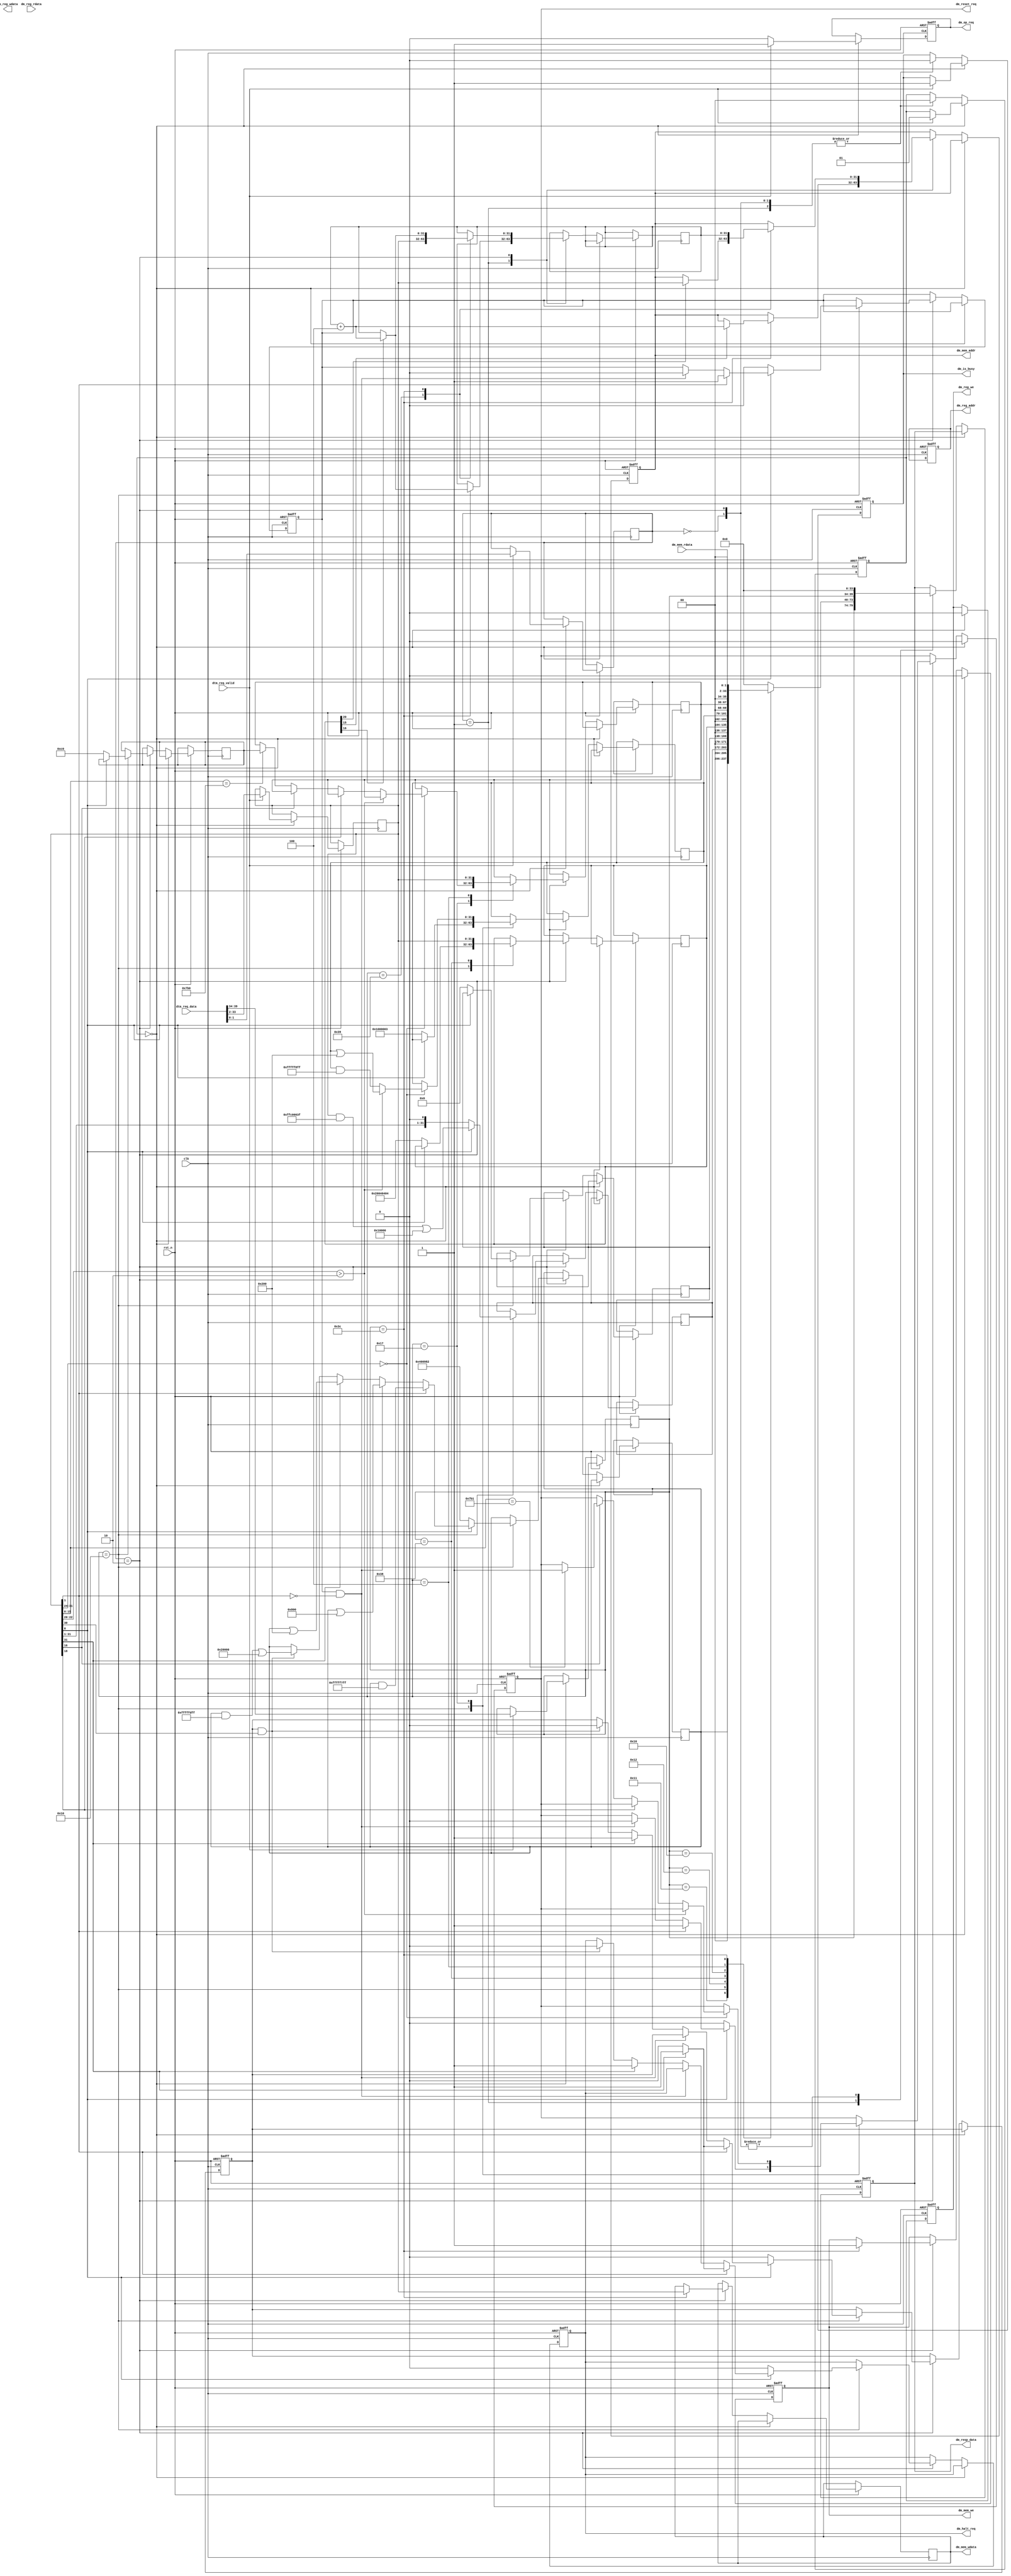
 /*                                                                      
 Copyright 2020 Blue Liang, liangkangnan@163.com
                                                                         
 Licensed under the Apache License, Version 2.0 (the "License");         
 you may not use this file except in compliance with the License.        
 You may obtain a copy of the License at                                 
                                                                         
     http://www.apache.org/licenses/LICENSE-2.0                          
                                                                         
 Unless required by applicable law or agreed to in writing, software    
 distributed under the License is distributed on an "AS IS" BASIS,       
 WITHOUT WARRANTIES OR CONDITIONS OF ANY KIND, either express or implied.
 See the License for the specific language governing permissions and     
 limitations under the License.                                          
 */

`define DM_RESP_VALID     1'b1
`define DM_RESP_INVALID   1'b0
`define DTM_REQ_VALID     1'b1
`define DTM_REQ_INVALID   1'b0

`define DTM_OP_NOP        2'b00
`define DTM_OP_READ       2'b01
`define DTM_OP_WRITE      2'b10


module jtag_dm(

    clk,
    rst_n,
    dtm_req_valid,
    dtm_req_data,

    dm_is_busy,
    dm_resp_data,

    dm_reg_we,
    dm_reg_addr,
    dm_reg_wdata,
    dm_reg_rdata,
    dm_mem_we,
    dm_mem_addr,
    dm_mem_wdata,
    dm_mem_rdata,
    dm_op_req,

    dm_halt_req,
    dm_reset_req

    );

    parameter DMI_ADDR_BITS = 6;
    parameter DMI_DATA_BITS = 32;
    parameter DMI_OP_BITS = 2;
    parameter DM_RESP_BITS = DMI_ADDR_BITS + DMI_DATA_BITS + DMI_OP_BITS;
    parameter DTM_REQ_BITS = DMI_ADDR_BITS + DMI_DATA_BITS + DMI_OP_BITS;
    parameter SHIFT_REG_BITS = DTM_REQ_BITS;

    // input and output
    input wire clk;
    input wire rst_n;
    input wire dtm_req_valid;
    input wire[DTM_REQ_BITS - 1:0] dtm_req_data;
    output reg dm_is_busy;
    output reg[DM_RESP_BITS - 1:0] dm_resp_data;
    output reg dm_reg_we;
    output reg[4:0] dm_reg_addr;
    output reg[31:0] dm_reg_wdata;
    input wire[31:0] dm_reg_rdata;
    output reg dm_mem_we;
    output reg[31:0] dm_mem_addr;
    output reg[31:0] dm_mem_wdata;
    input wire[31:0] dm_mem_rdata;
    output reg dm_op_req;
    output reg dm_halt_req;
    output reg dm_reset_req;

    localparam STATE_IDLE = 2'b0;
    localparam STATE_EX = 2'b1;

    reg[1:0] state;
    reg[DMI_OP_BITS - 1:0] op;
    reg[DMI_DATA_BITS - 1:0] data;
    reg[DMI_ADDR_BITS - 1:0] address;
    reg[DTM_REQ_BITS - 1:0] req_data;
    reg is_halted;
    reg is_reseted;

    // DM regs
    reg[31:0] dcsr;
    reg[31:0] dmstatus;
    reg[31:0] dmcontrol;
    reg[31:0] hartinfo;
    reg[31:0] abstractcs;
    reg[31:0] data0;
    reg[31:0] sbcs;
    reg[31:0] sbaddress0;
    reg[31:0] sbdata0;
    reg[31:0] command;

    localparam DCSR = 16'h7b0;
    localparam DMSTATUS = 6'h11;
    localparam DMCONTROL = 6'h10;
    localparam HARTINFO = 6'h12;
    localparam ABSTRACTCS = 6'h16;
    localparam DATA0 = 6'h04;
    localparam SBCS = 6'h38;
    localparam SBADDRESS0 = 6'h39;
    localparam SBDATA0 = 6'h3C;
    localparam COMMAND = 6'h17;
    localparam DPC = 16'h7b1;

    localparam OP_SUCC = 2'b00;


    always @ (posedge clk or negedge rst_n) begin
        if (!rst_n) begin
            state <= STATE_IDLE;
            dm_mem_we <= 1'b0;
            dm_reg_we <= 1'b0;
            dm_resp_data <= {(DM_RESP_BITS){1'b0}};
            dm_is_busy <= 1'b0;
            dm_halt_req <= 1'b0;
            dm_reset_req <= 1'b0;
            dm_mem_addr <= 32'h0;
            dm_reg_addr <= 5'h0;
            is_halted <= 1'b0;
            is_reseted <= 1'b0;
            dm_op_req <= 1'b0;
        end else begin
            if (state == STATE_IDLE) begin
                dm_mem_we <= 1'b0;
                dm_reg_we <= 1'b0;
                dm_reset_req <= 1'b0;
                if (dtm_req_valid == `DTM_REQ_VALID) begin
                    state <= STATE_EX;
                    op <= dtm_req_data[DMI_OP_BITS - 1:0];
                    data <= dtm_req_data[DMI_DATA_BITS + DMI_OP_BITS - 1:DMI_OP_BITS];
                    address <= dtm_req_data[DTM_REQ_BITS - 1:DMI_DATA_BITS + DMI_OP_BITS];
                    req_data <= dtm_req_data;
                    dm_is_busy <= 1'b1;
                    dm_op_req <= 1'b1;
                end else begin
                    dm_op_req <= 1'b0;
                end
            end else begin
                case (op)
                    `DTM_OP_READ: begin
                        case (address)
                            DMSTATUS: begin
                                dm_is_busy <= 1'b0;
                                state <= STATE_IDLE;
                                dm_resp_data <= {address, dmstatus, OP_SUCC};
                            end

                            DMCONTROL: begin
                                dm_is_busy <= 1'b0;
                                state <= STATE_IDLE;
                                dm_resp_data <= {address, dmcontrol, OP_SUCC};
                            end

                            HARTINFO: begin
                                dm_is_busy <= 1'b0;
                                state <= STATE_IDLE;
                                dm_resp_data <= {address, hartinfo, OP_SUCC};
                            end

                            SBCS: begin
                                dm_is_busy <= 1'b0;
                                state <= STATE_IDLE;
                                dm_resp_data <= {address, sbcs, OP_SUCC};
                            end

                            ABSTRACTCS: begin
                                dm_is_busy <= 1'b0;
                                state <= STATE_IDLE;
                                dm_resp_data <= {address, abstractcs, OP_SUCC};
                            end

                            DATA0: begin
                                dm_is_busy <= 1'b0;
                                state <= STATE_IDLE;
                                dm_resp_data <= {address, data0, OP_SUCC};
                            end

                            SBDATA0: begin
                                dm_is_busy <= 1'b0;
                                state <= STATE_IDLE;
                                dm_resp_data <= {address, dm_mem_rdata, OP_SUCC};
                                if (sbcs[16] == 1'b1) begin
                                    sbaddress0 <= sbaddress0 + 4;
                                end
                                if (sbcs[15] == 1'b1) begin
                                    dm_mem_addr <= sbaddress0 + 4;
                                end
                            end

                            default: begin
                                dm_is_busy <= 1'b0;
                                state <= STATE_IDLE;
                                dm_resp_data <= {{address}, {(DMI_DATA_BITS){1'b0}}, OP_SUCC};
                            end
                        endcase
                    end

                    `DTM_OP_WRITE: begin
                        case (address)
                            DMCONTROL: begin
                                // reset DM module
                                if (data[0] == 1'b0) begin
                                    dcsr <= 32'hc0;
                                    dmstatus <= 32'h400982;  // not halted, all running
                                    hartinfo <= 32'h0;
                                    sbcs <= 32'h20040404;
                                    abstractcs <= 32'h1000003;
                                    dmcontrol <= data;
                                    dm_halt_req <= 1'b0;
                                    dm_reset_req <= 1'b0;
                                    is_halted <= 1'b0;
                                    is_reseted <= 1'b0;
                                // DM is active
                                end else begin
                                    // we have only one hart
                                    dmcontrol <= (data & ~(32'h3fffc0)) | 32'h10000;
                                    // reset
                                    if (data[1] == 1'b1) begin
                                        dm_reset_req <= 1'b1;
                                        is_reseted <= 1'b1;
                                        // halt after reset
                                        if (data[31] == 1'b1) begin
                                            is_halted <= 1'b1;
                                            dm_halt_req <= 1'b1;
                                        // run after reset
                                        end else begin
                                            is_halted <= 1'b0;
                                            dm_halt_req <= 1'b0;
                                        end
                                        dmstatus <= dmstatus & (~(32'h800));  // ALLRUNNING = 0
                                    // dereset
                                    end else if (is_reseted == 1'b1 && data[1] == 1'b0) begin
                                        dm_reset_req <= 1'b0;
                                        is_reseted <= 1'b0;
                                        dmstatus <= dmstatus | 32'h800;       // ALLRUNNING = 1
                                    // halt
                                    end else if (data[31] == 1'b1) begin
                                        dm_halt_req <= 1'b1;
                                        is_halted <= 1'b1;
                                        // clear ALLRESUMEACK and set ALLHALTED
                                        dmstatus <= dmstatus | 32'h200 & (~32'h20000);
                                    // resume
                                    end else if (is_halted == 1'b1 && data[30] == 1'b1) begin
                                        dm_halt_req <= 1'b0;
                                        is_halted <= 1'b0;
                                        // set ALLRESUMEACK and clear ALLHALTED
                                        dmstatus <= dmstatus & (~32'h200) | (32'h20000);
                                    end
                                end
                                dm_is_busy <= 1'b0;
                                state <= STATE_IDLE;
                                dm_resp_data <= {{address}, {(DMI_DATA_BITS){1'b0}}, OP_SUCC};
                            end

                            COMMAND: begin
                                // access reg
                                if (data[31:24] == 8'h0) begin
                                    if (data[22:20] > 3'h2) begin
                                        abstractcs <= abstractcs | (1'b1 << 9);
                                    end else begin
                                        abstractcs <= abstractcs & (~(3'h7 << 8));
                                        // read or write
                                        if (data[18] == 1'b0) begin
                                            // read
                                            if (data[16] == 1'b0) begin
                                                if (data[15:0] == DCSR) begin
                                                    data0 <= dcsr;
                                                end
                                            // write
                                            end else begin
                                                // when write dpc, we reset cpu here
                                                if (data[15:0] == DPC) begin
                                                    dm_reset_req <= 1'b1;
                                                end
                                            end
                                        end
                                    end
                                end
                                dm_is_busy <= 1'b0;
                                state <= STATE_IDLE;
                                dm_resp_data <= {{address}, {(DMI_DATA_BITS){1'b0}}, OP_SUCC};
                            end

                            DATA0: begin
                                data0 <= data;
                                dm_is_busy <= 1'b0;
                                state <= STATE_IDLE;
                                dm_resp_data <= {{address}, {(DMI_DATA_BITS){1'b0}}, OP_SUCC};
                            end

                            SBCS: begin
                                sbcs <= data;
                                dm_is_busy <= 1'b0;
                                state <= STATE_IDLE;
                                dm_resp_data <= {{address}, {(DMI_DATA_BITS){1'b0}}, OP_SUCC};
                            end

                            SBADDRESS0: begin
                                sbaddress0 <= data;
                                if (sbcs[20] == 1'b1) begin
                                    dm_mem_addr <= data;
                                end
                                dm_is_busy <= 1'b0;
                                state <= STATE_IDLE;
                                dm_resp_data <= {{address}, {(DMI_DATA_BITS){1'b0}}, OP_SUCC};
                            end

                            SBDATA0: begin
                                sbdata0 <= data;
                                dm_mem_addr <= sbaddress0;
                                dm_mem_wdata <= data;
                                dm_mem_we <= 1'b1;
                                if (sbcs[16] == 1'b1) begin
                                    sbaddress0 <= sbaddress0 + 4;
                                end
                                dm_is_busy <= 1'b0;
                                state <= STATE_IDLE;
                                dm_resp_data <= {{address}, {(DMI_DATA_BITS){1'b0}}, OP_SUCC};
                            end

                            default: begin
                                dm_is_busy <= 1'b0;
                                state <= STATE_IDLE;
                                dm_resp_data <= {{address}, {(DMI_DATA_BITS){1'b0}}, OP_SUCC};
                            end
                        endcase
                    end

                    `DTM_OP_NOP: begin
                        dm_is_busy <= 1'b0;
                        state <= STATE_IDLE;
                        dm_resp_data <= {{address}, {(DMI_DATA_BITS){1'b0}}, OP_SUCC};
                    end
                endcase
            end
        end
    end

endmodule